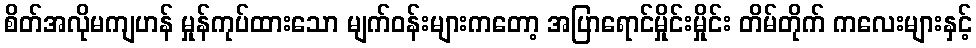
စိတ်အလိုမကျဟန် မှုန်ကုပ်ထားသော မျက်ဝန်းများကတော့ အပြာရောင်မှိုင်းမှိုင်း တိမ်တိုက် ကလေးများနှင့်